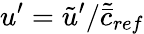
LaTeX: u^{\prime}=\tilde{u}^{\prime}/\tilde{\bar{c}}_{ref}